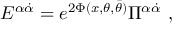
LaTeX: { E } ^ { \alpha \dot { \alpha } } = e ^ { 2 \Phi ( x , \theta , \bar { \theta } ) } \Pi ^ { \alpha \dot { \alpha } } ~ ,